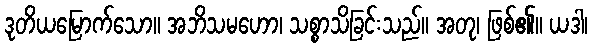
ဒုတိယမြောက်သော။ အဘိသမဟော၊ သစ္စာသိခြင်းသည်။ အတု၊ ဖြစ်၏။ ယဒါ၊